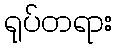
ရုပ်တရား